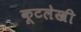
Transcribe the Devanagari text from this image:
कूटलेखी